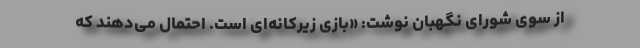
از سوی شورای نگهبان نوشت: «بازی زیرکانه‌ای است. احتمال می‌دهند که